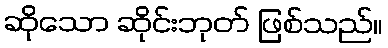
ဆိုသော ဆိုင်းဘုတ် ဖြစ်သည်။